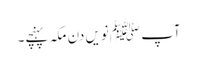
آپ ﷺنویں دن مکہ پہنچے۔